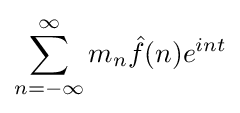
\sum _{n=-\infty }^{\infty }m_{n}{\hat {f}}(n)e^{int}